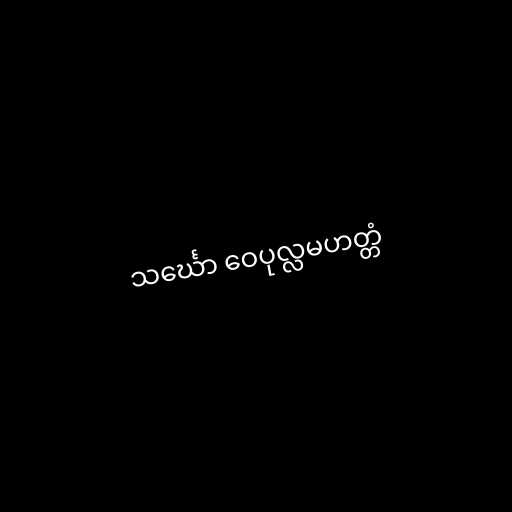
သင်္ဃော ဝေပုလ္လမဟတ္တံ